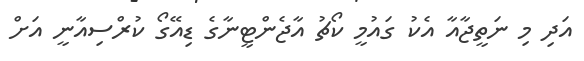
އަދި މި ނަތީޖާއާ އެކު ގައުމީ ކޯޗު އާޖެންޓީނާގެ ޑިއޭގޯ ކުރްސިއާނީ އަށް